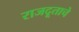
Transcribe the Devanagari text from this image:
राजदूताचे